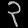
Digit: ၃